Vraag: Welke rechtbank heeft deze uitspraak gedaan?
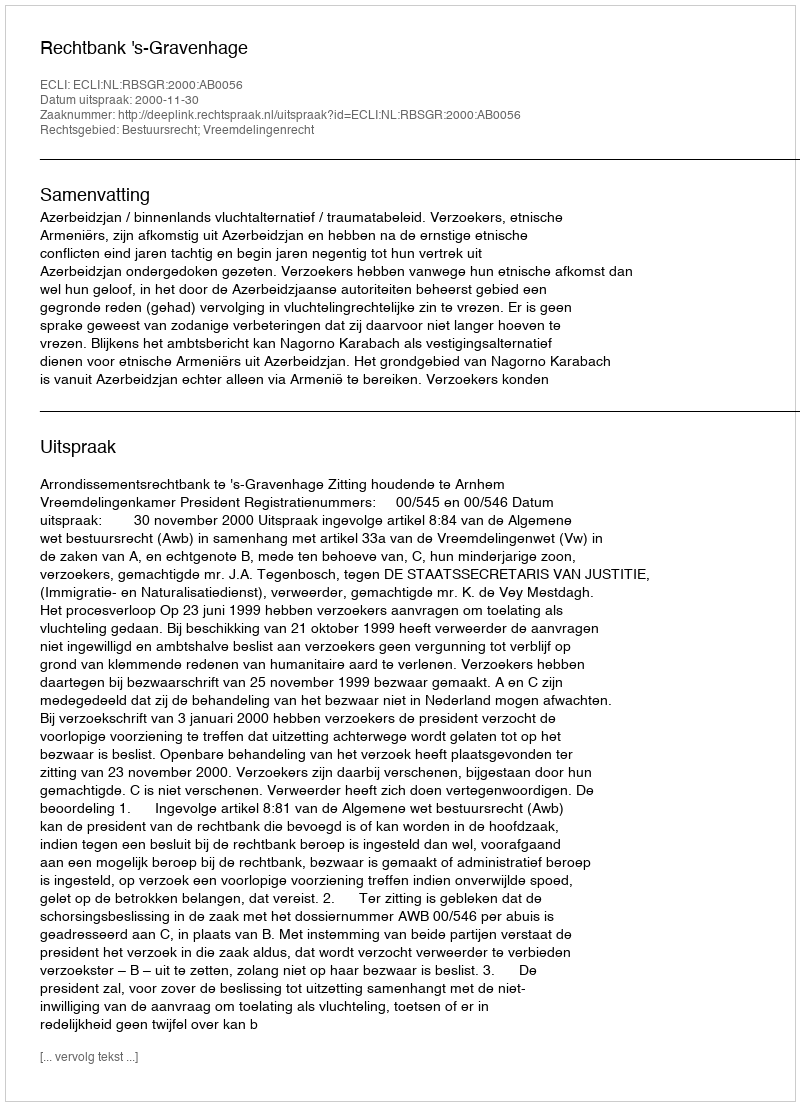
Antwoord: Rechtbank 's-Gravenhage